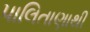
પાલિતાણાથી